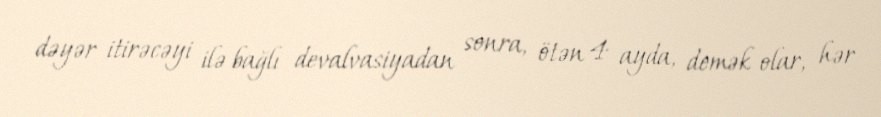
dəyər itirəcəyi ilə bağlı devalvasiyadan sonra, ötən 4 ayda, demək olar, hər